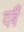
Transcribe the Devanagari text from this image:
दबैं